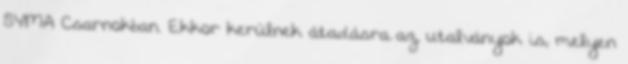
SYMA Csarnokban. Ekkor kerülnek átadásra az utalványok is, melyen